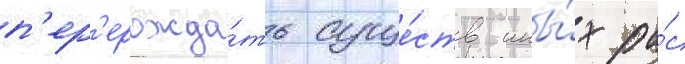
п'ер'ерожда́ть суще́ств ины́х ра́с